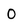
Character: O